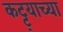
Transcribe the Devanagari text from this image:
कट्ट्याच्या